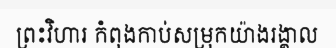
ព្រះវិហារ កំពុងកាប់សម្រុកយ៉ាងរង្គាល